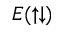
E ( \uparrow \downarrow )